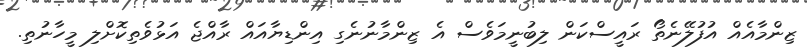
ޒިންމާއެއް އުފުލޭނެތޯ ރައީސްކަން ލިބުނީމަވެސް އެ ޒިންމާނުނެގި އިންޑިޔާއައް ރާއްޖެ އަޅުވެތިކޮށްލި މީހާނުތި.